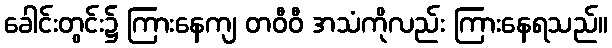
ခေါင်းတွင်း၌ ကြားနေကျ တဝီဝီ အသံကိုလည်း ကြားနေရသည်။